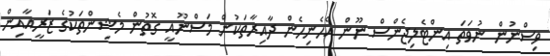
ވިސްނުން ނުވަތަ އިންޓެލިޖެންސް ނޫން އެހެނިހެން ދާއިރާތަކުން މަސްނޫއީ ގޮތުން މެޝިންތަކުގެ ޒަރީއާއިން